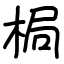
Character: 梮